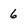
Character: 6